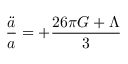
\frac { \ddot { a } } { a } = + \frac { 2 6 \pi G + \Lambda } { 3 }